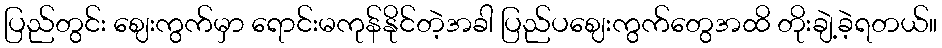
ပြည်တွင်း ဈေးကွက်မှာ ရောင်းမကုန်နိုင်တဲ့အခါ ပြည်ပဈေးကွက်တွေအထိ တိုးချဲ့ခဲ့ရတယ်။